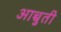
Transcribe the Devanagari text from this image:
आच्चुती